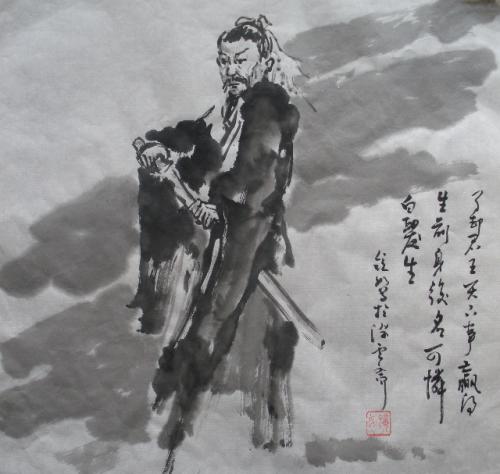
了却君王天下事，赢得生前身后名。